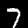
Label: 7